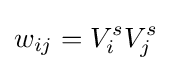
w_{ij}=V_{i}^{s}V_{j}^{s}